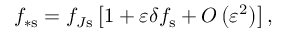
f _ { \ast \mathrm { s } } = f _ { J \mathrm { s } } \left[ 1 + \varepsilon \delta f _ { \mathrm { s } } + O \left( \varepsilon ^ { 2 } \right) \right] ,